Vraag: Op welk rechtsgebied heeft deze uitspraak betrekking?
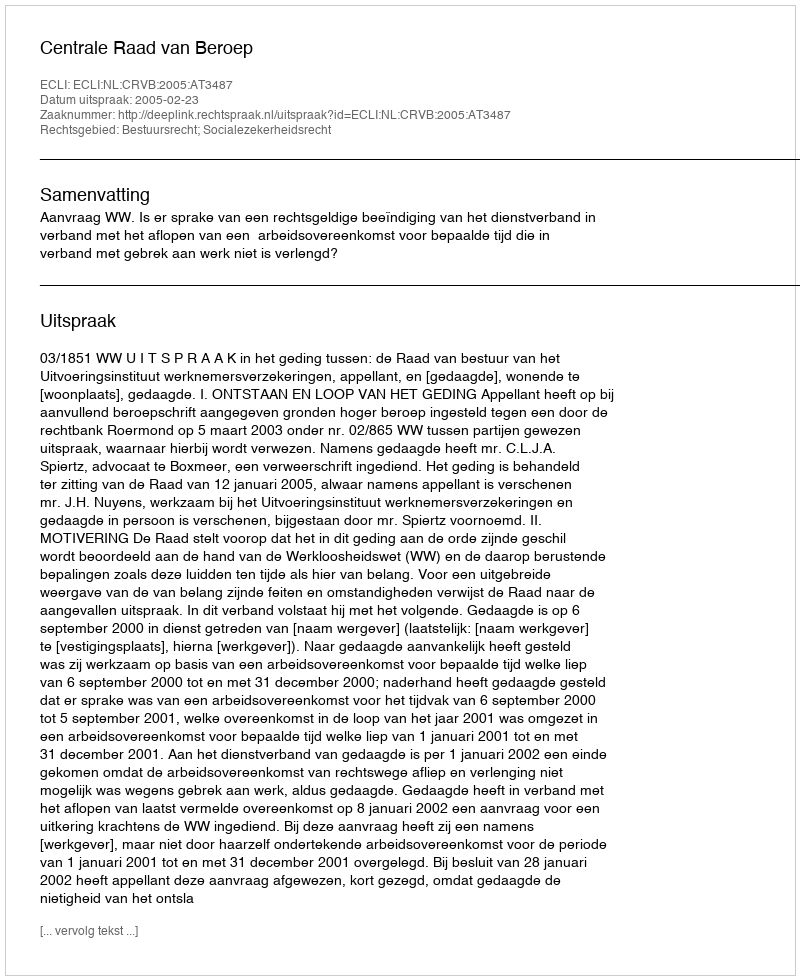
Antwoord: Bestuursrecht; Socialezekerheidsrecht